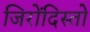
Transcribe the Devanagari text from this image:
जिरोंदिस्तो